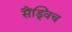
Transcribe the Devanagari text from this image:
सैंड्विच